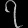
Digit: ၇